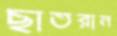
ছাতরান